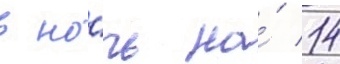
в но́чь на́ 14